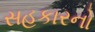
સહકારનો